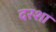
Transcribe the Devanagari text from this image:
दरशा